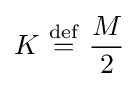
K\ {\stackrel {\mathrm {def} }{=}}\ {\frac {M}{2}}